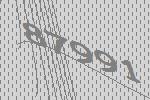
87991